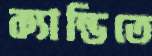
ক্যান্ডিতে